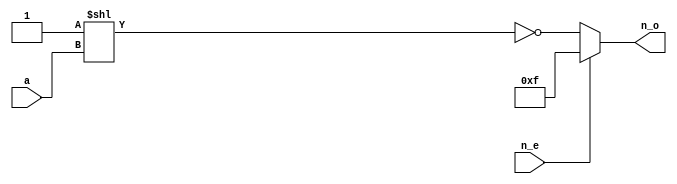
`timescale 1ns/1ns
module decoder_74139(
//output
           n_o,
//input
           a,
           n_e);
    input wire [1:0] a;
    input wire n_e;
    output wire [3:0] n_o;

    wire [3:0] n_result = ~(4'b0001 << a);
    assign #13 n_o = n_e ? 4'b1111 : n_result;
endmodule